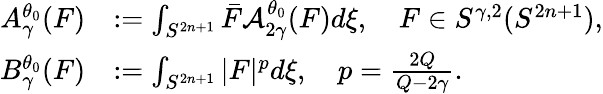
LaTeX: \begin{array}{rl}{A_{\gamma}^{\theta_{0}}(F)}&{:=\int_{S^{2n+1}}\bar{F}\mathcal{A}_{2\gamma}^{\theta_{0}}(F)d\xi,\quad F\in S^{\gamma,2}(S^{2n+1}),}\\ {B_{\gamma}^{\theta_{0}}(F)}&{:=\int_{S^{2n+1}}|F|^{p}d\xi,\quad p=\frac{2Q}{Q-2\gamma}.}\end{array}